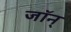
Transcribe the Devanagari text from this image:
जॉन्